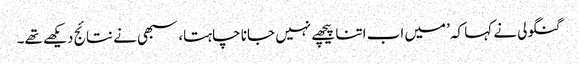
گنگولی نے کہا کہ ’میں اب اتنا پیچھے نہیں جانا چاہتا، سبھی نے نتائج دیکھے تھے۔